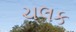
ચલક